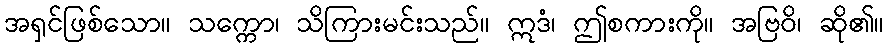
အရှင်ဖြစ်သော။ သက္ကော၊ သိကြားမင်းသည်။ ဣဒံ၊ ဤစကားကို။ အဗြဝိ၊ ဆို၏။